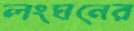
লংঘনের